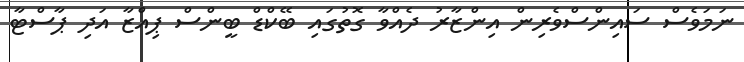
ނަމަވެސް ސައިންސްވެރިން އިންޒާރު ދެއްވާ ގޮތުގައި ބޭކްޑް ބީންސް ޕިއްޒާ އަދި ޕާސްޓާ